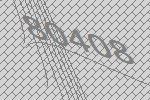
80408